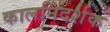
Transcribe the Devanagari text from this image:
कालनिदर्शक